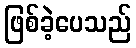
ဖြစ်ခဲ့ပေသည်